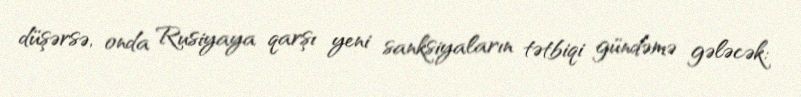
düşərsə, onda Rusiyaya qarşı yeni sanksiyaların tətbiqi gündəmə gələcək: